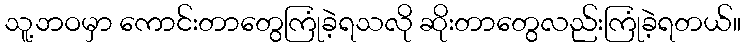
သူ့ဘဝမှာ ကောင်းတာတွေကြုံခဲ့ရသလို ဆိုးတာတွေလည်းကြုံခဲ့ရတယ်။